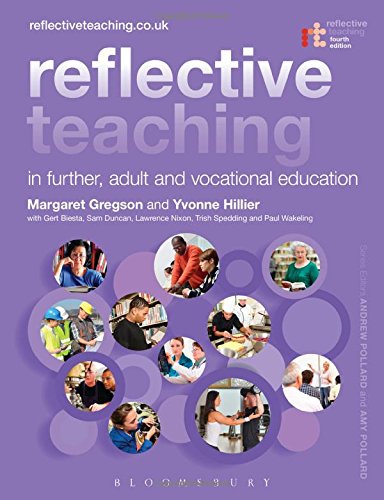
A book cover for Reflective Teaching in Further, Adult and Vocational Education; Margaret Gregson; Education & Teaching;